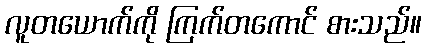
လူတယောက်ကို ကြက်တကောင် စားသည်။